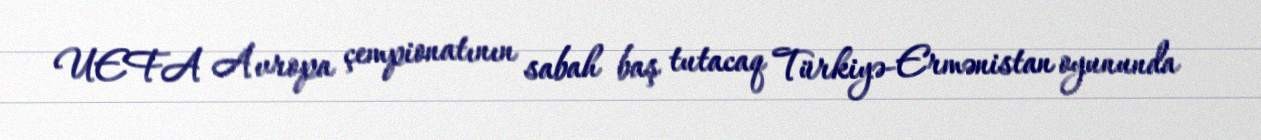
UEFA Avropa çempionatının sabah baş tutacaq Türkiyə-Ermənistan oyununda